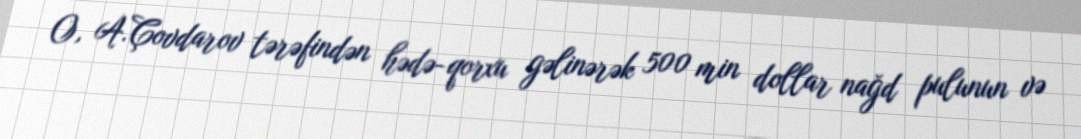
O, A.Çovdarov tərəfindən hədə-qorxu gəlinərək 500 min dollar nağd pulunun və